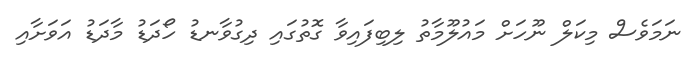
ނަމަވެސް މިކަލް ނޫހަށް މައުލޫމާތު ލިބިފައިވާ ގޮތުގައި ދިގުވާނޑު ހޯދަޑު މާދަޑު އަވަށާއި